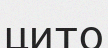
цито